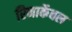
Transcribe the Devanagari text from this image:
रिमार्केबल